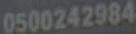
0500242984